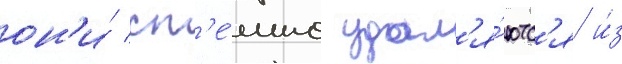
он'и́ сп'е́шно удал'я́ютс'я и́з